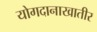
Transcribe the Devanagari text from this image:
योगदानाखातीर